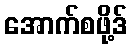
အောက်စဖို့ဒ်